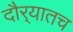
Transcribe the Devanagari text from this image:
दौर्‍यातच